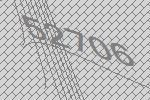
52706